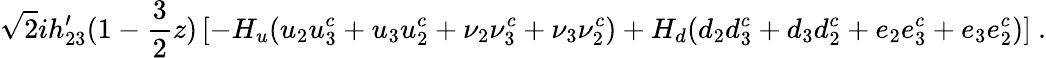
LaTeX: \sqrt{2}ih_{23}^{\prime}(1-{\frac{3}{2}}z)\left[-H_{u}(u_{2}u_{3}^{c}+u_{3}u_{2}^{c}+\nu_{2}\nu_{3}^{c}+\nu_{3}\nu_{2}^{c})+H_{d}(d_{2}d_{3}^{c}+d_{3}d_{2}^{c}+e_{2}e_{3}^{c}+e_{3}e_{2}^{c})\right]~.